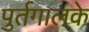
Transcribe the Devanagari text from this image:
पुर्तगालके